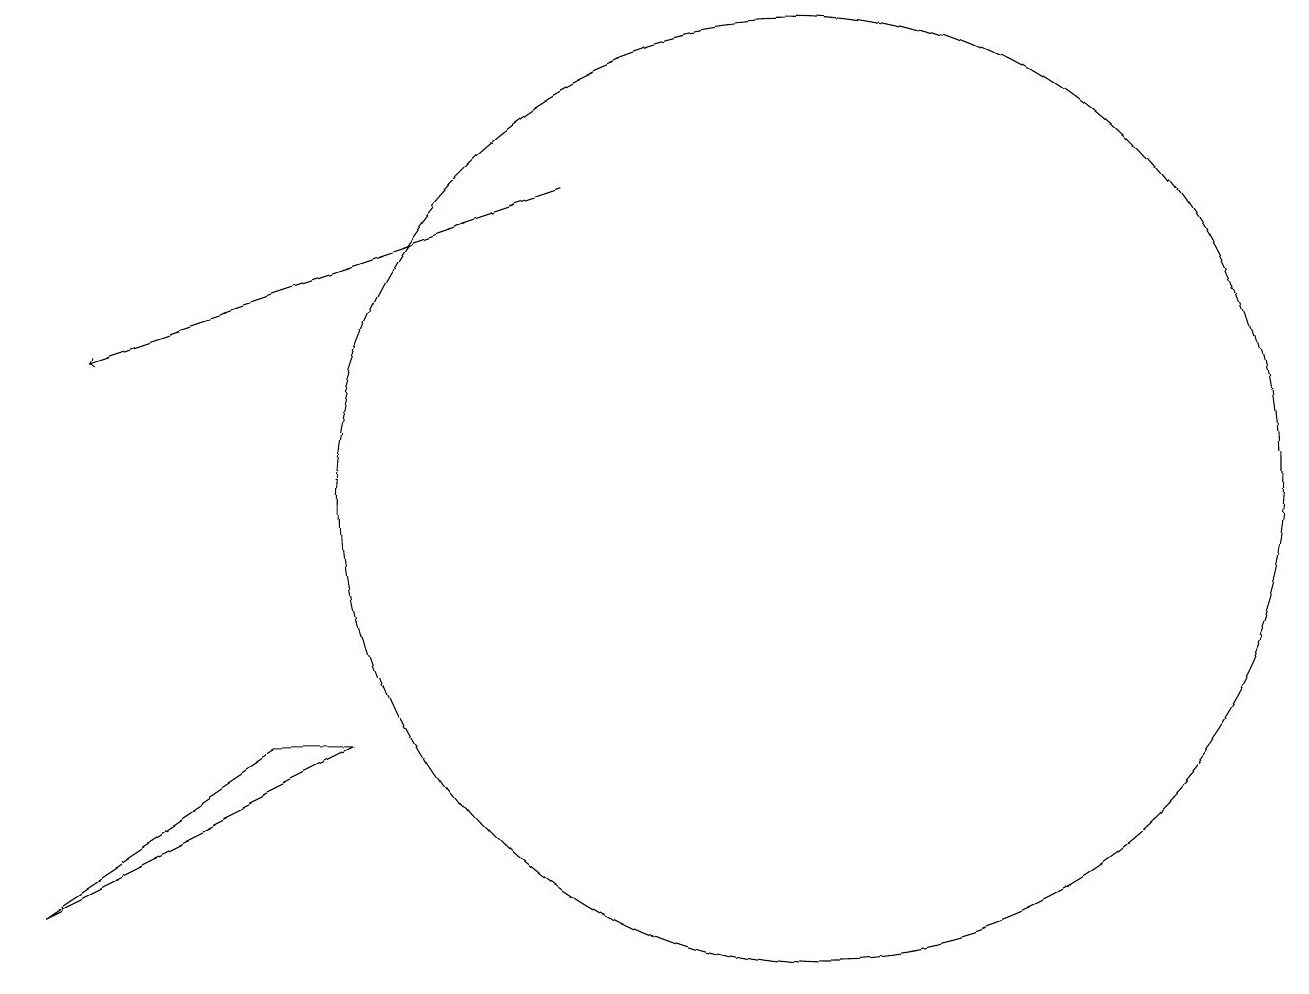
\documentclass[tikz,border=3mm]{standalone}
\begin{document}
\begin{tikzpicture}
\draw (10,10) circle (6);
\draw[->] (7,14) -- (1,12);
\draw (0,5) -- (4,7) -- (3,7) -- cycle;
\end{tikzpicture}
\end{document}